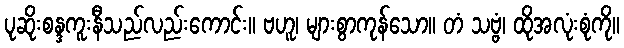
ပုဆိုးစန္ဒကူးနီသည်လည်းကောင်း။ ဗဟူ၊ များစွာကုန်သော။ တံ သဗ္ဗံ၊ ထိုအလုံးစုံကို။